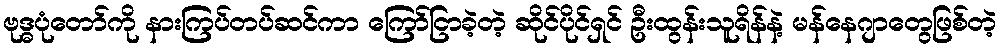
ဗုဒ္ဓပုံတော်ကို နားကြပ်တပ်ဆင်ကာ ကြော်ငြာခဲ့တဲ့ ဆိုင်ပိုင်ရှင် ဦးထွန်းသူရိန်နဲ့ မန်နေဂျာတွေဖြစ်တဲ့